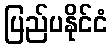
ပြည်ပနိုင်ငံ